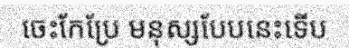
ចេះកែប្រែ មនុស្សបែបនេះទើប